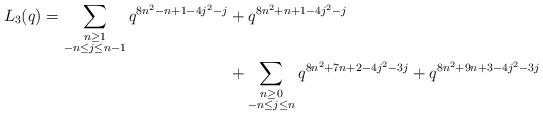
LaTeX: \begin{align*} \begin{aligned}L_3(q) = \sum_{\substack{n \geq 1 \\ -n \leq j \leq n-1}} q^{8n^2 - n +1 - 4j^2 - j} & + q^{8n^2 + n +1 - 4j^2-j} \\& + \sum_{\substack{n \geq 0 \\ -n \leq j \leq n}} q^{8n^2 + 7n + 2 - 4j^2 - 3j} + q^{8n^2 + 9n + 3 - 4j^2 -3 j} \end{aligned}\end{align*}